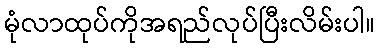
မုံလာထုပ်ကိုအရည်လုပ်ပြီးလိမ်းပါ။